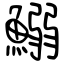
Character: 鰯